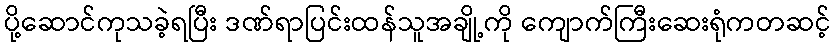
ပို့ဆောင်ကုသခဲ့ရပြီး ဒဏ်ရာပြင်းထန်သူအချို့ကို ကျောက်ကြီးဆေးရုံကတဆင့်